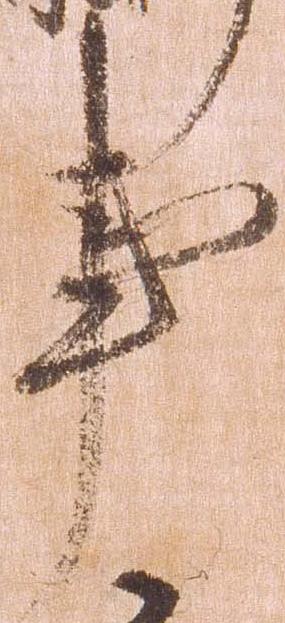
事